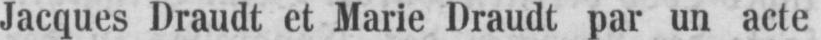
Jacques Draudt et Marie Draudt par un acte